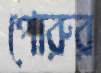
পোরুর